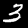
Label: 3